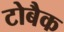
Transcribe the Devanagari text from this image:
टोबैक